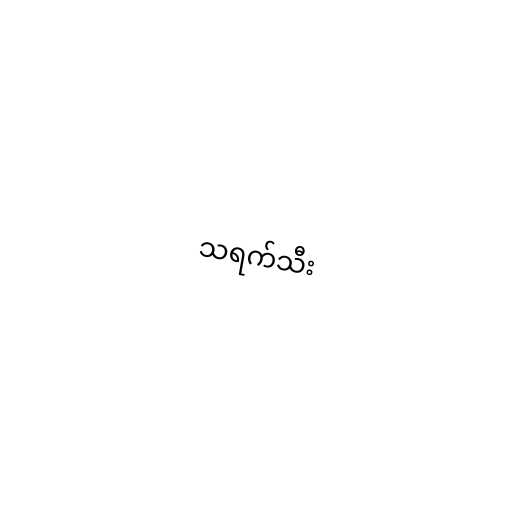
သရက်သီး